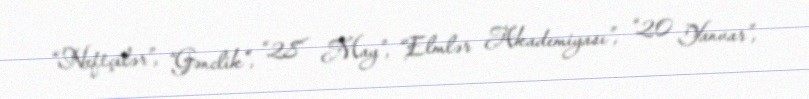
“Neftçilər”, “Gənclik”, “28 May”, “Elmlər Akademiyası”, “20 Yanvar”,